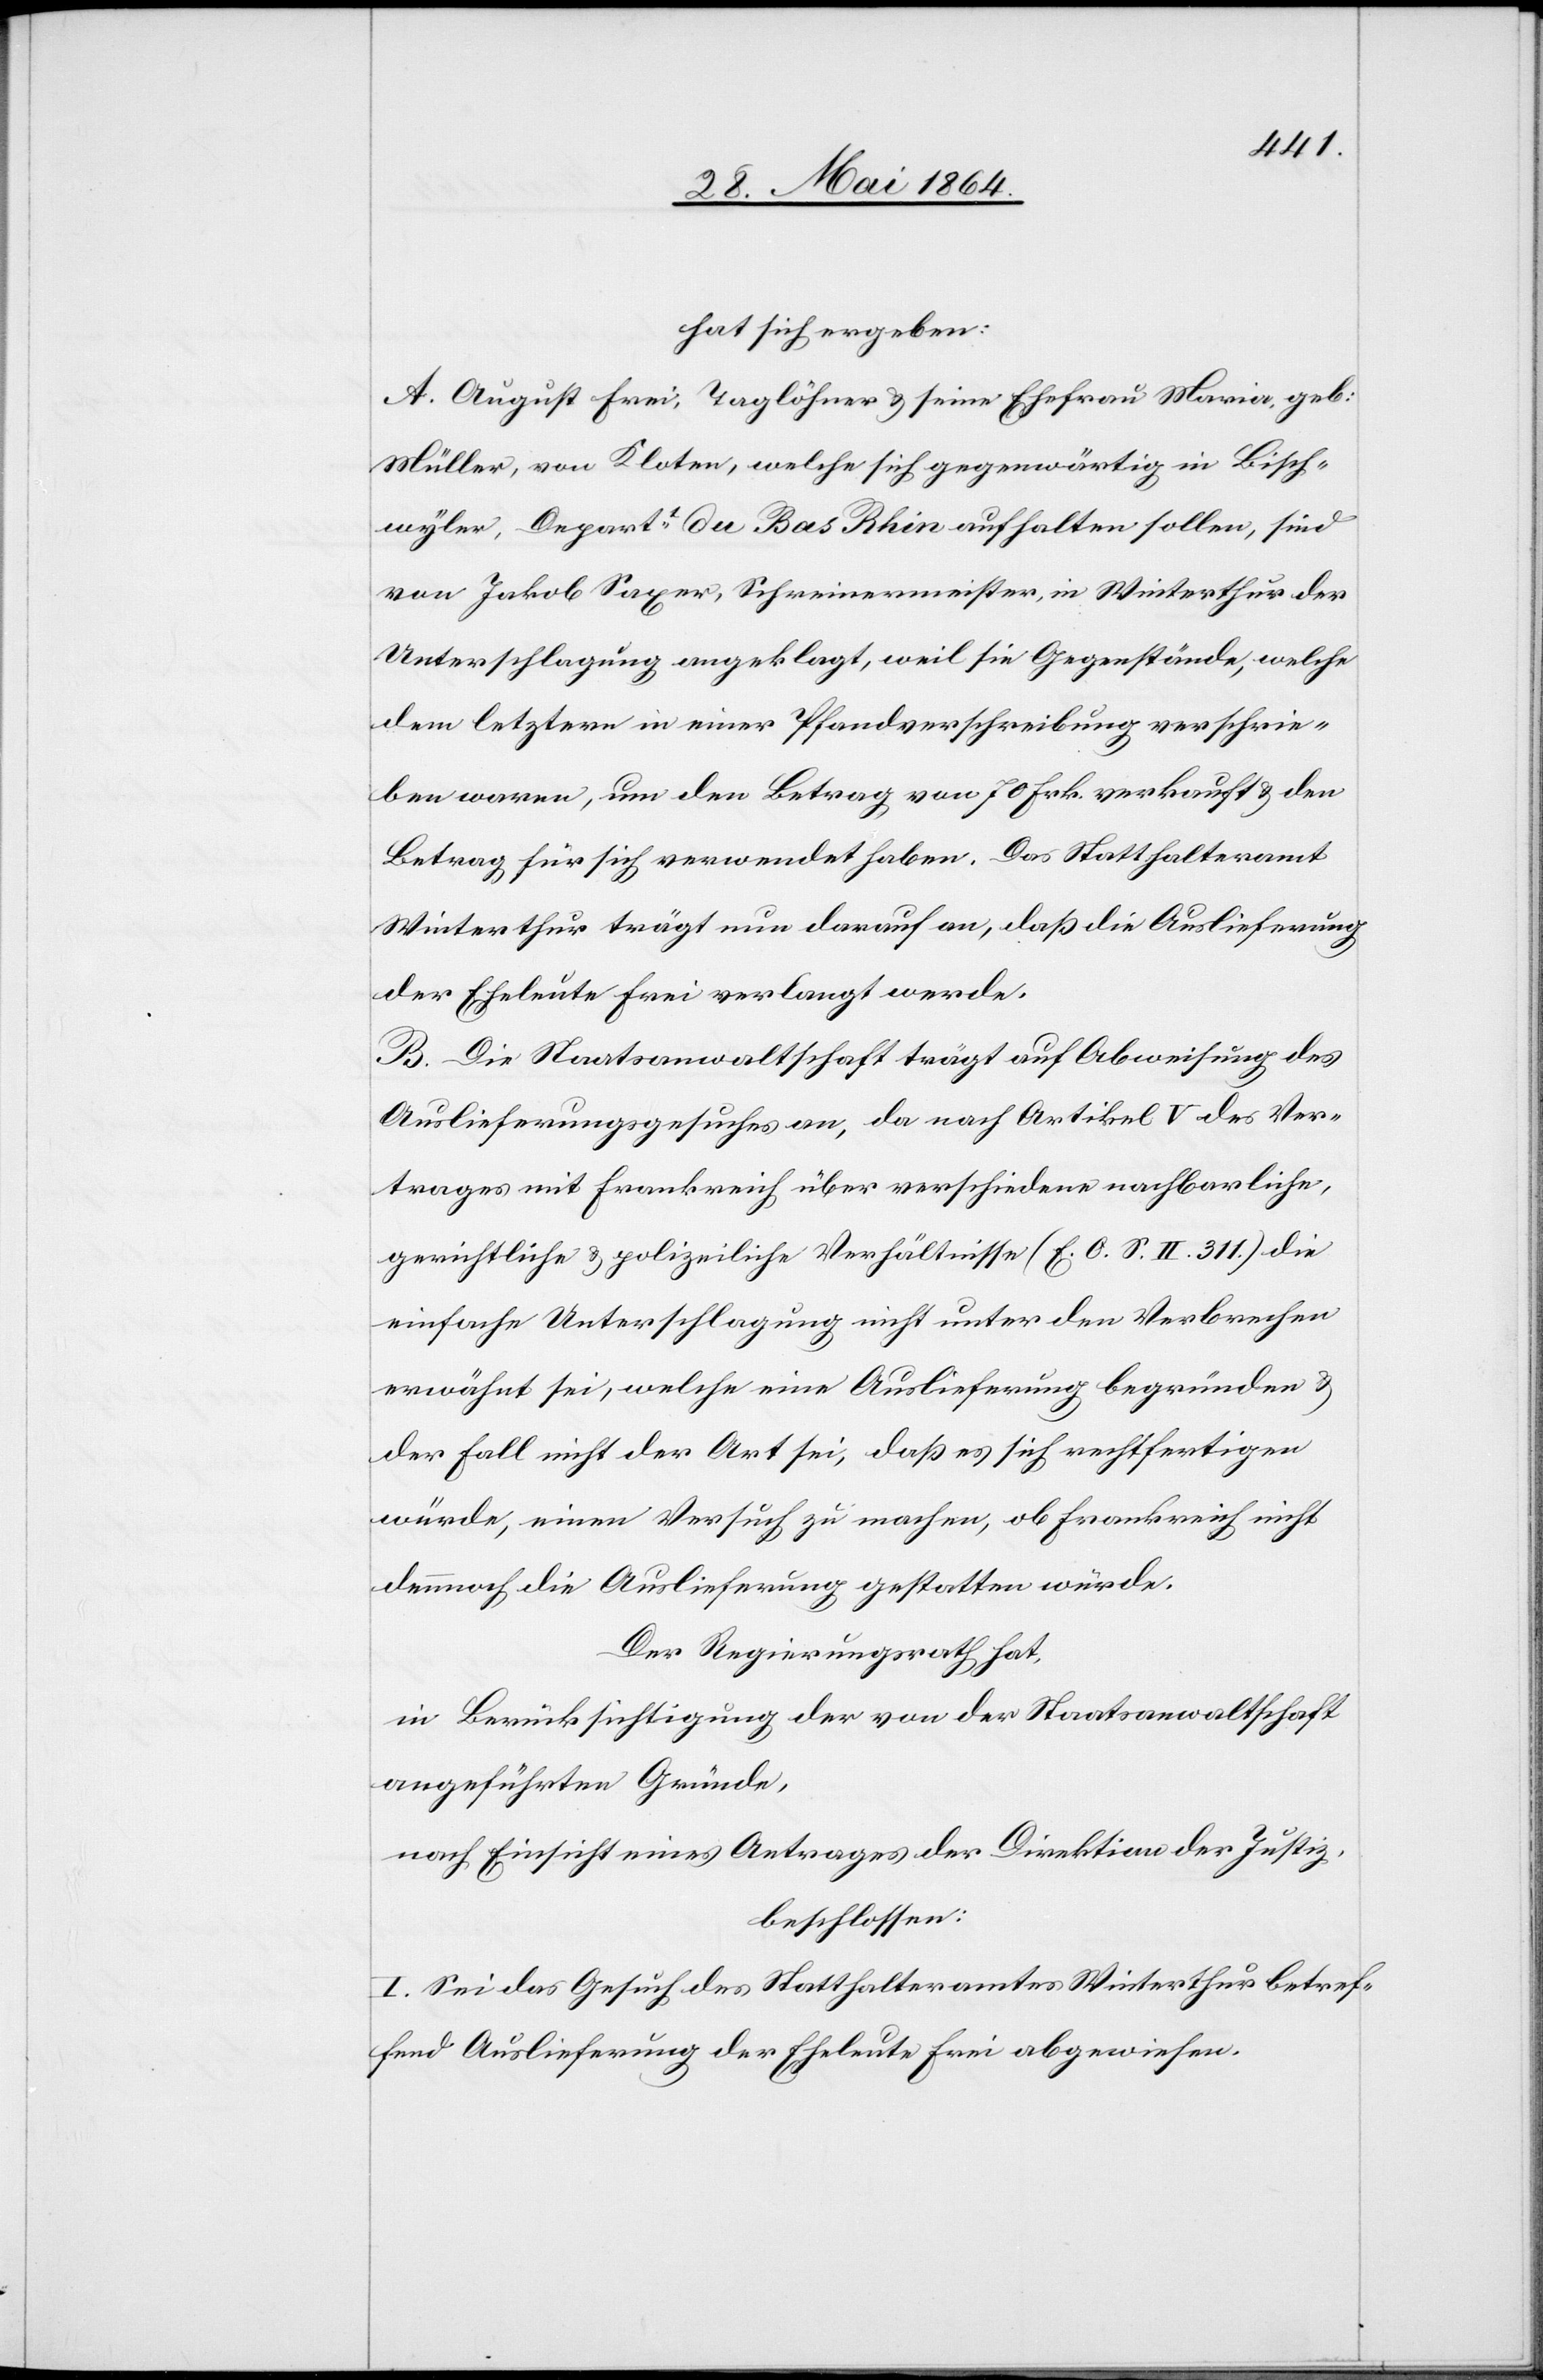
hat sich ergeben:
A. August Frei, Taglöhner u. seine Ehefrau Maria, geb:
Müller, von Kloten, welche sich gegenwärtig in Bisch¬
wyler, Departt du Bas Rhin aufhalten sollen, sind
von Jakob Saxer, Schreinermeister, in Winterthur der
Unterschlagung angeklagt, weil sie Gegenstände, welche
dem letztern in einer Pfandverschreibung verschrie¬
ben waren, um den Betrag von 70 Frk. verkauft u. den
Betrag für sich verwendet haben. Das Statthalteramt
Winterthur trägt nun darauf an, daß die Auslieferung
der Eheleute Frei verlangt werde.
B. Die Staatsanwaltschaft trägt auf Abweisung des
Auslieferungsgesuches an, da nach Artikel V des Ver¬
trages mit Frankreich über verschiedene nachbarliche,
gerichtliche u. polizeiliche Verhältnisse (E. O. S. II. 311) die
einfache Unterschlagung nicht unter den Verbrechen
erwähnt sei, welche eine Auslieferung begründen u.
der Fall nicht der Art sei, daß es sich rechtfertigen
würde, einen Versuch zu machen, ob Frankreich nicht
dennoch die Auslieferung gestatten würde.
Der Regierungsrath hat,
in Berücksichtigung der von der Staatsanwaltschaft
angeführten Gründe,
nach Einsicht eines Antrages der Direktion der Justiz,
beschlossen:
I. Sei das Gesuch des Statthalteramtes Winterthur betref¬
fend Auslieferung der Eheleute Frei abgewiesen.